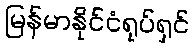
မြန်မာနိုင်ငံရုပ်ရှင်